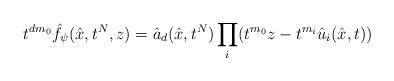
LaTeX: \begin{align*}t^{dm_0} \hat{f}_\psi(\hat{x}, t^N, z) =\hat{a}_d(\hat{x},t^N) \prod_{i} (t^{m_0} z - t^{m_i} \hat{u}_i (\hat{x},t)) \end{align*}